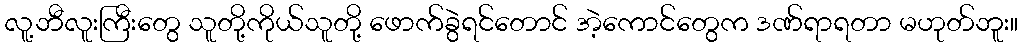
လူ့ဘီလူးကြီးတွေ သူတို့ကိုယ်သူတို့ ဖောက်ခွဲရင်တောင် အဲ့ကောင်တွေက ဒဏ်ရာရတာ မဟုတ်ဘူး။